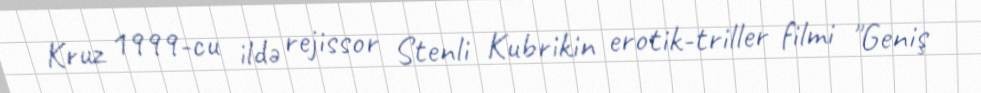
Kruz 1999-cu ildə rejissor Stenli Kubrikin erotik-triller filmi "Geniş